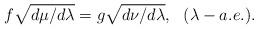
LaTeX: \begin{align*}f\sqrt{d\mu / d\lambda }= g \sqrt{d\nu / d\lambda} ,\ \ (\lambda-a.e.).\end{align*}